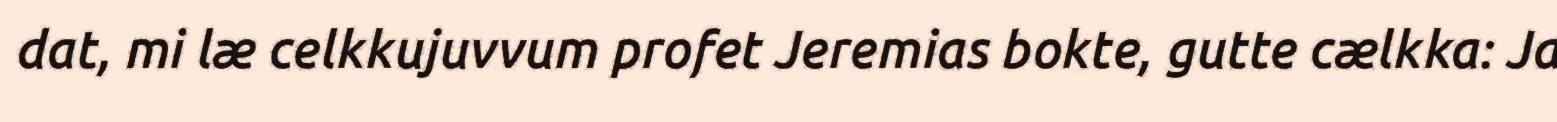
dat, mi læ celkkujuvvum profet Jeremias bokte, gutte cælkka: Ja